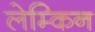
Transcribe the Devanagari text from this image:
लेम्किन